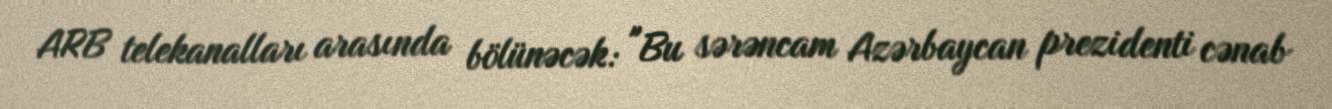
ARB telekanalları arasında bölünəcək: "Bu sərəncam Azərbaycan prezidenti cənab